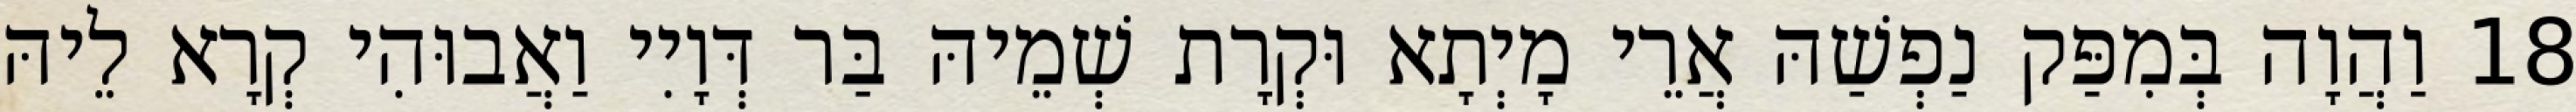
18 וַהֲוָה בְּמִפַּק נַפְשַׁהּ אֲרֵי מָיְתָא וּקְרָת שְׁמֵיהּ בַּר דְּוָיִי וַאֲבוּהִי קְרָא לֵיהּ